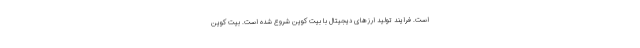
است. فرایند تولید ارزهای دیجیتال با بیت کوین شروع شده است. بیت کوین